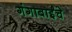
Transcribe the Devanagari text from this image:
गंगाबाईंचे